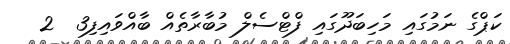
ކަޕްގެ ނަމުގައި މަހިބަދޫގައި ފްޓްސެލް މުބާރާތެއް ބާއްވައިފި3  2